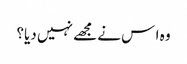
وہ ا س نے مجھے نہیں دیا؟